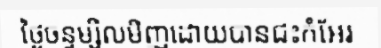
ថ្ងៃចន្ទម្សិលមិញដោយបានជះកំអែរ